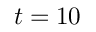
t = 1 0